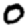
Digit: 0